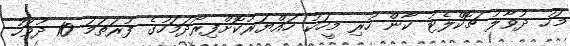
މަހު ދުވާލު ޗޮކްލެޓު ކާން ހުރި މީހަކު ހައްޔަރުކޮށްފިރޯދަމަހުގެ ފުރަތަމަ 10 ދުވަހު